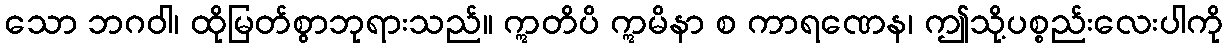
သော ဘဂဝါ၊ ထိုမြတ်စွာဘုရားသည်။ ဣတိပိ ဣမိနာ စ ကာရဏေန၊ ဤသို့ပစ္စည်းလေးပါကို